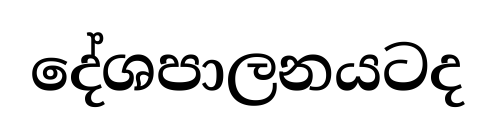
දේශපාලනයටද